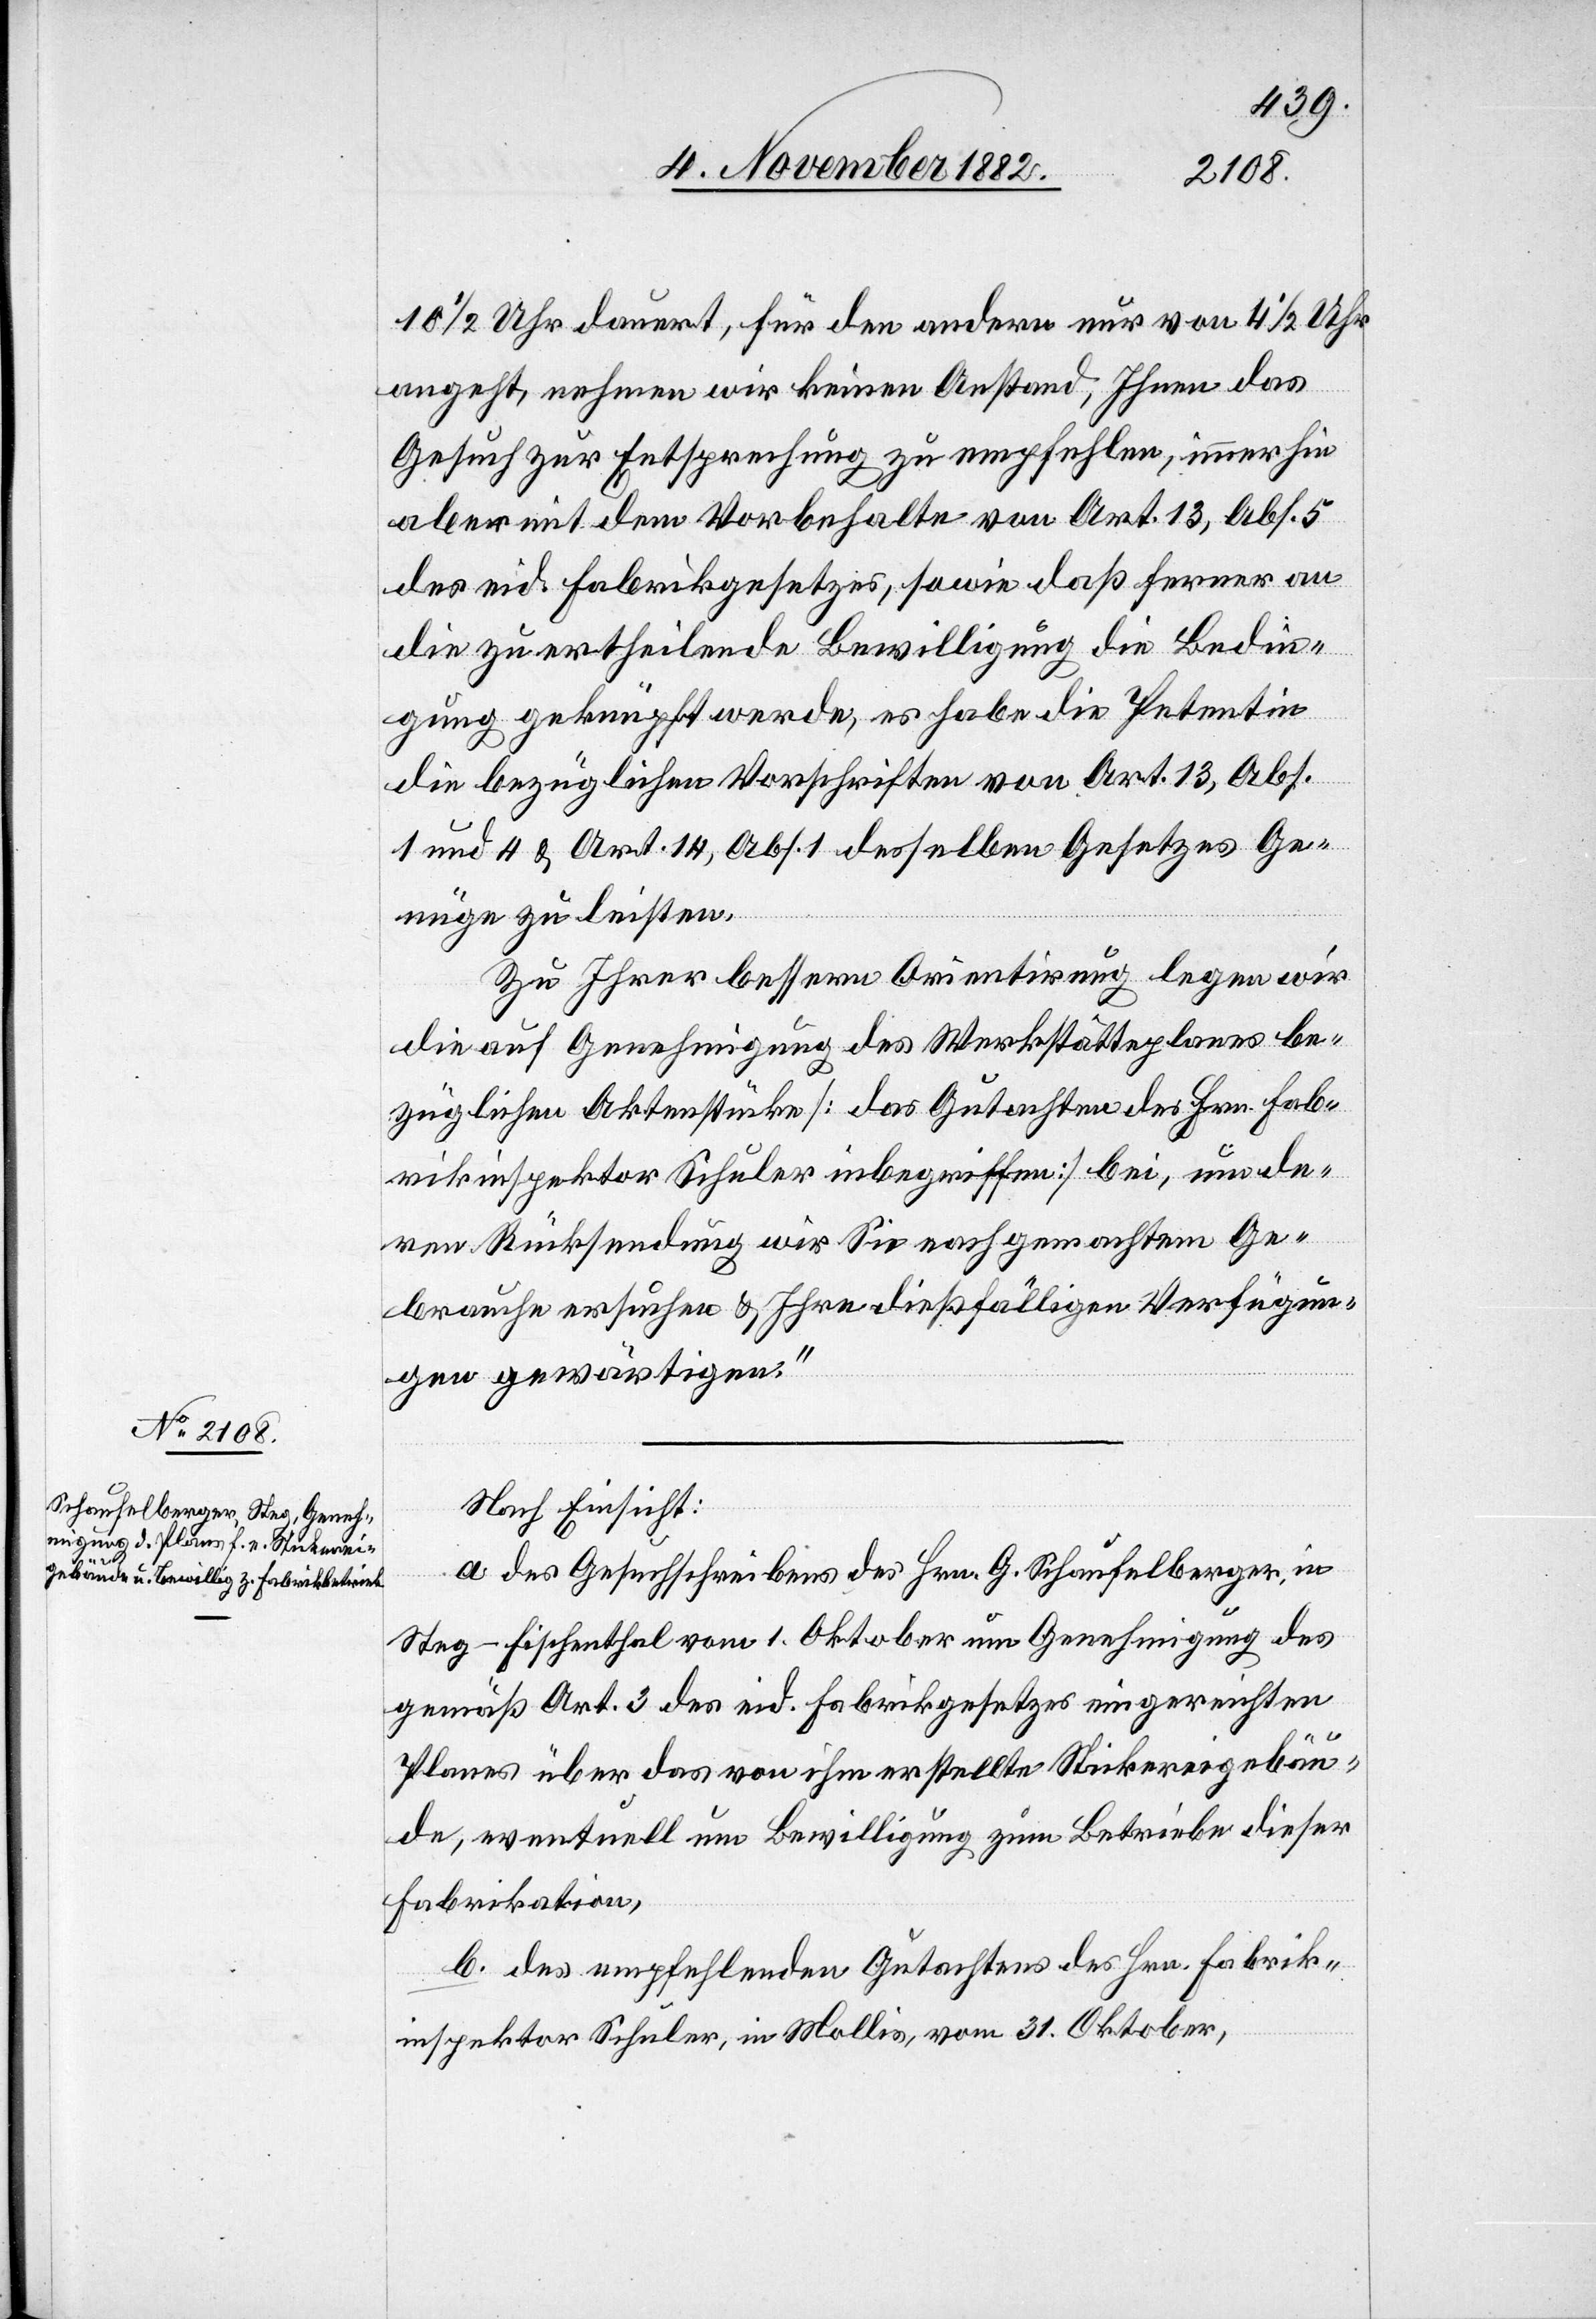
10 1/2 Uhr dauert, für den andern nur von 4 1/2 Uhr
angeht, nehmen wir keinen Anstand, Ihnen das
Gesuch zur Entsprechung zu empfehlen, immerhin
aber mit dem Vorbehalte von Art. 13, Abs. 5
des eid. Fabrikgesetzes, sowie daß ferner an
die zu ertheilende Bewilligung die Bedin¬
gung geknüpft werde, es habe die Petentin
die bezüglichen Vorschriften von Art. 13, Abs.
1 und 4 & Art. 14, Abs. 1 desselben Gesetzes Ge¬
nüge zu leisten.
Zu Ihrer bessern Orientirung legen wird
die auf Genehmigung des Werkstättenplanes be¬
züglichen Aktenstücke [das Gutachten des Hrn. Fab¬
rikinspektor Schuler inbegriffen] bei, um de¬
ren Rücksendung wir Sie nach gemachtem Ge¬
brauche ersuchen & Ihre dießfälligen Verfügun¬
gen gewärtigen.“
Nach Einsicht:
a. des Gesuchschreibens des Hrn. G. Schaufelberger, in
Steg - Fischenthal vom 1. Oktober um Genehmigung des
gemäß Art. 3 des eid. Fabrikgesetzes eingereichten
Planes über das von ihm erstellte Stickereigebäu¬
de, eventuell um Bewilligung zum Betriebe dieser
Fabrikation,
b. des empfehlenden Gutachtens des Hrn. Fabrik¬
inspektor Schuler, in Mollis, vom 31. Oktober,